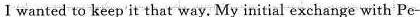
I wanted to keep' it that way. My initial exchange with Pe-